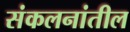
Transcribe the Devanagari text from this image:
संकलनांतील